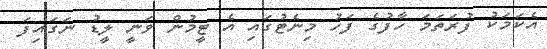
އެކަމަކު ފުރަތަމަ ހާފުގެ ފަހު މިނެޓުގައި އެ ޓީމުން ވަނީ ލީޑު ނަގައިފަ